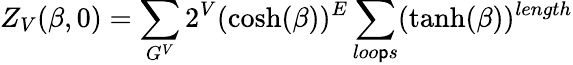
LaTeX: Z_{V}(\beta,0)=\sum_{G^{V}}2^{V}(\cosh(\beta))^{E}\sum_{loo\mathsf{p}s}(\operatorname{tanh}(\beta))^{length}